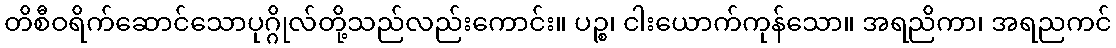
တိစီဝရိက်ဆောင်သောပုဂ္ဂိုလ်တို့သည်လည်းကောင်း။ ပဉ္စ၊ ငါးယောက်ကုန်သော။ အရညိကာ၊ အရညကင်